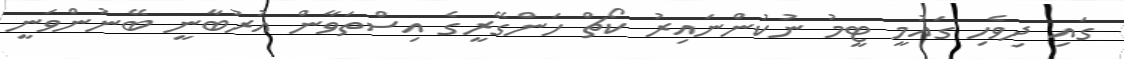
ގައި ދިވެހި ގައުމީ ޓީމު ނުކުންނައިރު ކޯޗް ހަންގޭރީގެ އިސްތަވާން އުރުބާނީ ބޭނުންވަނީ